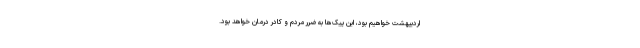
اردیبهشت خواهیم بود، این پیک‌ها به ضرر مردم و کادر درمان خواهد بود.